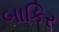
બાકિર